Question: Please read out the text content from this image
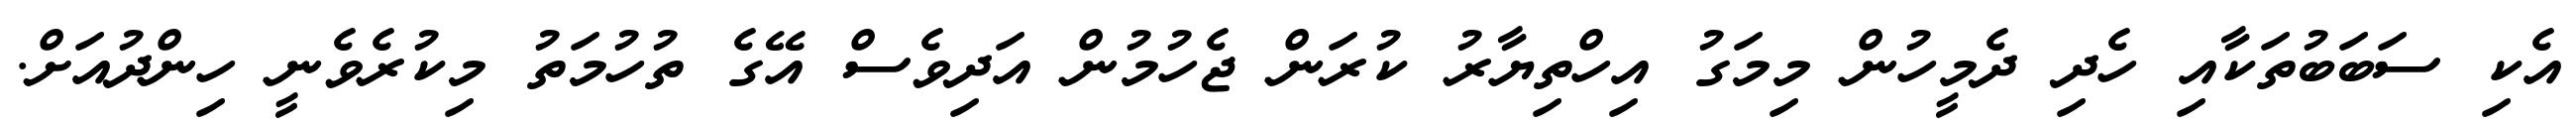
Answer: އެކި ސަބަބުތަކާއި ހެދި ދެމީހުން މިމަގު އިހްތިޔާރު ކުރަން ޖެހުމުން އަދިވެސް އޭގެ ތުހުމަތު މިކުރެވެނީ ހިންދުއަށް.